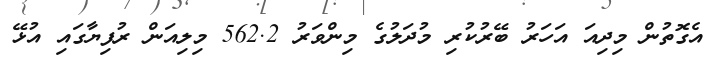
އެގޮތުން މިދިއަ އަހަރު ބޭރުކުރި މުދަލުގެ މިންވަރު 562.2 މިލިއަން ރުފިޔާގައި އުޅޭ